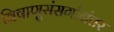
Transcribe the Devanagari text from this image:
विषाणुसंसर्गानंतर